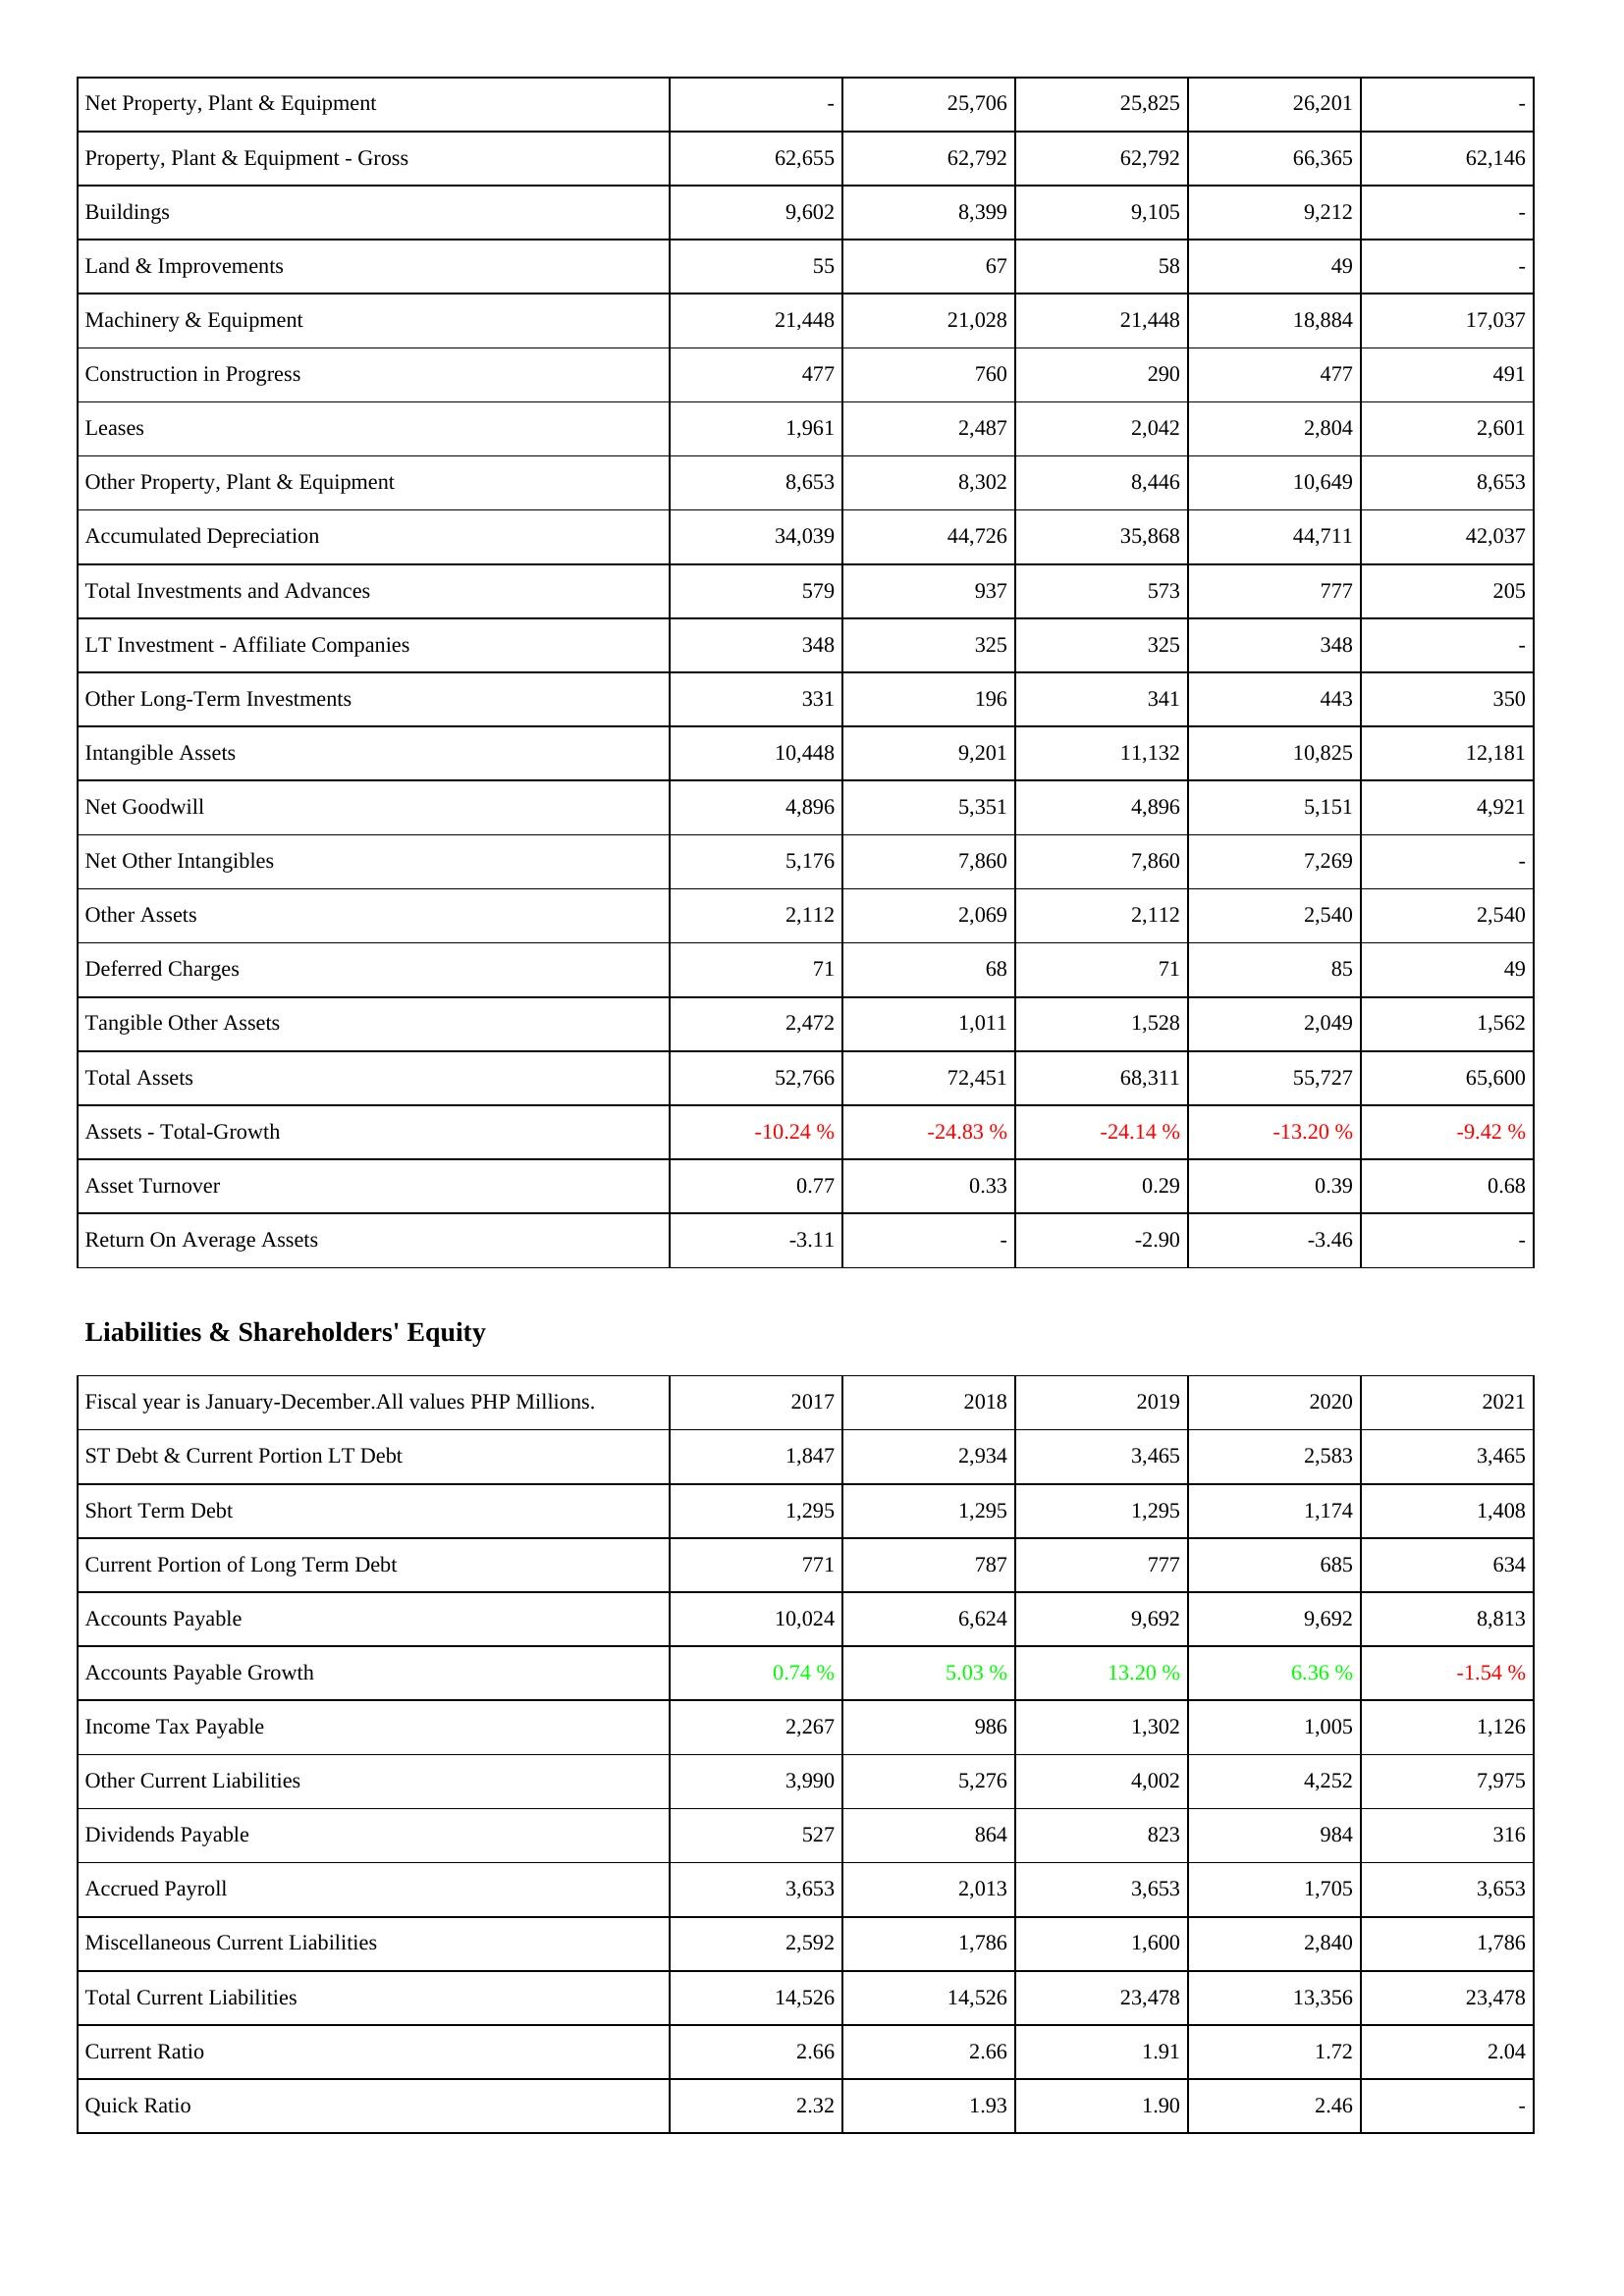
2017: Assets: Net Property, Plant & Equipment: -
Property, Plant & Equipment - Gross: 62,655
Buildings: 9,602
Land & Improvements: 55
Machinery & Equipment: 21,448
Construction in Progress: 477
Leases: 1,961
Other Property, Plant & Equipment: 8,653
Accumulated Depreciation: 34,039
Total Investments and Advances: 579
LT Investment - Affiliate Companies: 348
Other Long-Term Investments: 331
Intangible Assets: 10,448
Net Goodwill: 4,896
Net Other Intangibles: 5,176
Other Assets: 2,112
Deferred Charges: 71
Tangible Other Assets: 2,472
Total Assets: 52,766
Assets - Total-Growth: -10.24 %
Asset Turnover: 0.77
Return On Average Assets: -3.11
Liabilities & Shareholders' Equity: ST Debt & Current Portion LT Debt: 1,847
Short Term Debt: 1,295
Current Portion of Long Term Debt: 771
Accounts Payable: 10,024
Accounts Payable Growth: 0.74 %
Income Tax Payable: 2,267
Other Current Liabilities: 3,990
Dividends Payable: 527
Accrued Payroll: 3,653
Miscellaneous Current Liabilities: 2,592
Total Current Liabilities: 14,526
Current Ratio: 2.66
Quick Ratio: 2.32
2018: Assets: Net Property, Plant & Equipment: 25,706
Property, Plant & Equipment - Gross: 62,792
Buildings: 8,399
Land & Improvements: 67
Machinery & Equipment: 21,028
Construction in Progress: 760
Leases: 2,487
Other Property, Plant & Equipment: 8,302
Accumulated Depreciation: 44,726
Total Investments and Advances: 937
LT Investment - Affiliate Companies: 325
Other Long-Term Investments: 196
Intangible Assets: 9,201
Net Goodwill: 5,351
Net Other Intangibles: 7,860
Other Assets: 2,069
Deferred Charges: 68
Tangible Other Assets: 1,011
Total Assets: 72,451
Assets - Total-Growth: -24.83 %
Asset Turnover: 0.33
Return On Average Assets: -
Liabilities & Shareholders' Equity: ST Debt & Current Portion LT Debt: 2,934
Short Term Debt: 1,295
Current Portion of Long Term Debt: 787
Accounts Payable: 6,624
Accounts Payable Growth: 5.03 %
Income Tax Payable: 986
Other Current Liabilities: 5,276
Dividends Payable: 864
Accrued Payroll: 2,013
Miscellaneous Current Liabilities: 1,786
Total Current Liabilities: 14,526
Current Ratio: 2.66
Quick Ratio: 1.93
2019: Assets: Net Property, Plant & Equipment: 25,825
Property, Plant & Equipment - Gross: 62,792
Buildings: 9,105
Land & Improvements: 58
Machinery & Equipment: 21,448
Construction in Progress: 290
Leases: 2,042
Other Property, Plant & Equipment: 8,446
Accumulated Depreciation: 35,868
Total Investments and Advances: 573
LT Investment - Affiliate Companies: 325
Other Long-Term Investments: 341
Intangible Assets: 11,132
Net Goodwill: 4,896
Net Other Intangibles: 7,860
Other Assets: 2,112
Deferred Charges: 71
Tangible Other Assets: 1,528
Total Assets: 68,311
Assets - Total-Growth: -24.14 %
Asset Turnover: 0.29
Return On Average Assets: -2.90
Liabilities & Shareholders' Equity: ST Debt & Current Portion LT Debt: 3,465
Short Term Debt: 1,295
Current Portion of Long Term Debt: 777
Accounts Payable: 9,692
Accounts Payable Growth: 13.20 %
Income Tax Payable: 1,302
Other Current Liabilities: 4,002
Dividends Payable: 823
Accrued Payroll: 3,653
Miscellaneous Current Liabilities: 1,600
Total Current Liabilities: 23,478
Current Ratio: 1.91
Quick Ratio: 1.90
2020: Assets: Net Property, Plant & Equipment: 26,201
Property, Plant & Equipment - Gross: 66,365
Buildings: 9,212
Land & Improvements: 49
Machinery & Equipment: 18,884
Construction in Progress: 477
Leases: 2,804
Other Property, Plant & Equipment: 10,649
Accumulated Depreciation: 44,711
Total Investments and Advances: 777
LT Investment - Affiliate Companies: 348
Other Long-Term Investments: 443
Intangible Assets: 10,825
Net Goodwill: 5,151
Net Other Intangibles: 7,269
Other Assets: 2,540
Deferred Charges: 85
Tangible Other Assets: 2,049
Total Assets: 55,727
Assets - Total-Growth: -13.20 %
Asset Turnover: 0.39
Return On Average Assets: -3.46
Liabilities & Shareholders' Equity: ST Debt & Current Portion LT Debt: 2,583
Short Term Debt: 1,174
Current Portion of Long Term Debt: 685
Accounts Payable: 9,692
Accounts Payable Growth: 6.36 %
Income Tax Payable: 1,005
Other Current Liabilities: 4,252
Dividends Payable: 984
Accrued Payroll: 1,705
Miscellaneous Current Liabilities: 2,840
Total Current Liabilities: 13,356
Current Ratio: 1.72
Quick Ratio: 2.46
2021: Assets: Net Property, Plant & Equipment: -
Property, Plant & Equipment - Gross: 62,146
Buildings: -
Land & Improvements: -
Machinery & Equipment: 17,037
Construction in Progress: 491
Leases: 2,601
Other Property, Plant & Equipment: 8,653
Accumulated Depreciation: 42,037
Total Investments and Advances: 205
LT Investment - Affiliate Companies: -
Other Long-Term Investments: 350
Intangible Assets: 12,181
Net Goodwill: 4,921
Net Other Intangibles: -
Other Assets: 2,540
Deferred Charges: 49
Tangible Other Assets: 1,562
Total Assets: 65,600
Assets - Total-Growth: -9.42 %
Asset Turnover: 0.68
Return On Average Assets: -
Liabilities & Shareholders' Equity: ST Debt & Current Portion LT Debt: 3,465
Short Term Debt: 1,408
Current Portion of Long Term Debt: 634
Accounts Payable: 8,813
Accounts Payable Growth: -1.54 %
Income Tax Payable: 1,126
Other Current Liabilities: 7,975
Dividends Payable: 316
Accrued Payroll: 3,653
Miscellaneous Current Liabilities: 1,786
Total Current Liabilities: 23,478
Current Ratio: 2.04
Quick Ratio: -